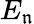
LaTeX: E_{\mathfrak{n}}